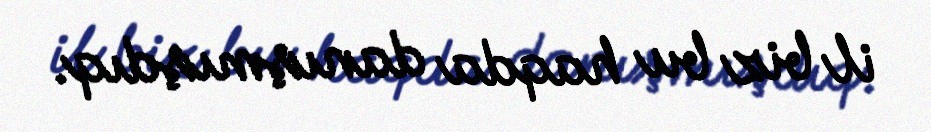
il biz bu haqda danışmışdıq.